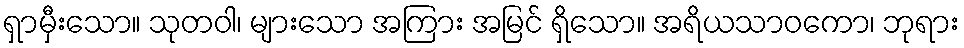
ရှာမှီးသော။ သုတဝါ၊ များသော အကြား အမြင် ရှိသော။ အရိယသာဝကော၊ ဘုရား